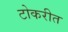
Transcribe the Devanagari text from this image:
टोकरीत